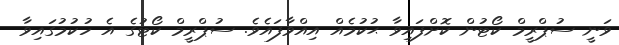
ވަނީ ސުޕްރީމް ކޯޓުން ކޮށްފައިވާ ޙުކުމެއް އިއްވާފައެވެ. ސުޕްރީމް ކޯޓުގެ އެ ހުކުމުގައިވާ